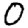
Digit: 0